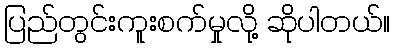
ပြည်တွင်းကူးစက်မှုလို့ ဆိုပါတယ်။